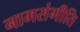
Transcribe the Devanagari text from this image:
नामसंगीति